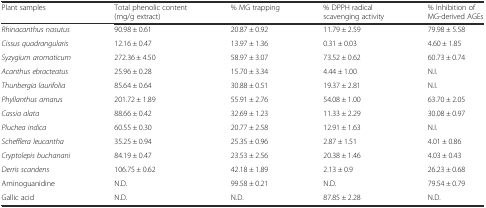
<table><thead><tr><td><b>Plant samples</b></td><td><b>Total phenolic content (mg/g extract)</b></td><td><b>% MG trapping</b></td><td><b>% DPPH radical scavenging activity</b></td><td><b>% Inhibition of MG-derived AGEs</b></td></tr></thead><tbody><tr><td><i>Rhinacanthus nasutus</i></td><td>90.98 ± 0.61</td><td>20.87 ± 0.92</td><td>11.79 ± 2.59</td><td>79.98 ± 5.58</td></tr><tr><td><i>Cissus quadrangularis</i></td><td>12.16 ± 0.47</td><td>13.97 ± 1.36</td><td>0.31 ± 0.03</td><td>4.60 ± 1.85</td></tr><tr><td><i>Syzygium aromaticum</i></td><td>272.36 ± 4.50</td><td>58.97 ± 3.07</td><td>73.52 ± 0.62</td><td>60.73 ± 0.74</td></tr><tr><td><i>Acanthus ebracteatus</i></td><td>25.96 ± 0.28</td><td>15.70 ± 3.34</td><td>4.44 ± 1.00</td><td>N.I.</td></tr><tr><td><i>Thunbergia laurifolia</i></td><td>85.64 ± 0.64</td><td>30.88 ± 0.51</td><td>19.37 ± 2.81</td><td>N.I.</td></tr><tr><td><i>Phyllanthus amarus</i></td><td>201.72 ± 1.89</td><td>55.91 ± 2.76</td><td>54.08 ± 1.00</td><td>63.70 ± 2.05</td></tr><tr><td><i>Cassia alata</i></td><td>88.66 ± 0.42</td><td>32.69 ± 1.23</td><td>11.33 ± 2.29</td><td>30.08 ± 0.97</td></tr><tr><td><i>Pluchea indica</i></td><td>60.55 ± 0.30</td><td>20.77 ± 2.58</td><td>12.91 ± 1.63</td><td>N.I.</td></tr><tr><td><i>Schefflera leucantha</i></td><td>35.25 ± 0.94</td><td>25.35 ± 0.96</td><td>2.87 ± 1.51</td><td>4.01 ± 0.86</td></tr><tr><td><i>Cryptolepis buchanani</i></td><td>84.19 ± 0.47</td><td>23.53 ± 2.56</td><td>20.38 ± 1.46</td><td>4.03 ± 0.43</td></tr><tr><td><i>Derris scandens</i></td><td>106.75 ± 0.62</td><td>42.18 ± 1.89</td><td>2.13 ± 0.9</td><td>26.23 ± 0.68</td></tr><tr><td>Aminoguanidine</td><td>N.D.</td><td>99.58 ± 0.21</td><td>N.D.</td><td>79.54 ± 0.79</td></tr><tr><td>Gallic acid</td><td>N.D.</td><td>N.D.</td><td>87.85 ± 2.28</td><td>N.D.</td></tr></tbody></table>